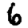
Digit: 6